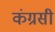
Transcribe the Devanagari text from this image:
कंग्रसी